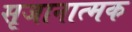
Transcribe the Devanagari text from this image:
सृजानात्मक